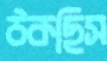
ঠকছিস